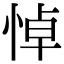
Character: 悼